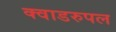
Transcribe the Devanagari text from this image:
क्वाडरुपल